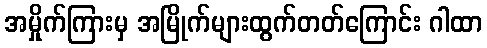
အမှိုက်ကြားမှ အမြိုက်များထွက်တတ်ကြောင်း ဂါထာ